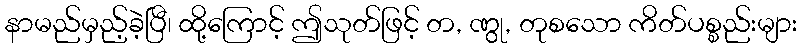
နာမည်မှည့်ခဲ့ပြီ၊ ထို့ကြောင့် ဤသုတ်ဖြင့် တ, ဏွု, တုစသော ကိတ်ပစ္စည်းများ